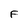
Character: F